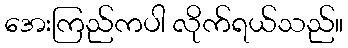
အေးကြည်ကပါ လိုက်ရယ်သည်။